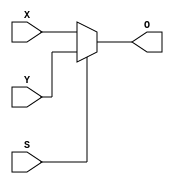
`timescale 1ns / 1ps
//////////////////////////////////////////////////////////////////////////////////
// Company: 
// Engineer: 
// 
// Design Name: 
// Module Name: carry_select_adder
// Project Name: 
// Target Devices: 
// Tool Versions: 
// Description: 
// 
// Dependencies: 
// 
// Revision:
// Revision 0.01 - File Created
// Additional Comments:
// 
//////////////////////////////////////////////////////////////////////////////////


module mux(X,Y,S,O);
    input X,Y,S;
    output O;

    assign O=S?Y:X;
endmodule

module full_adders(A,B,C,S,C_out);
    input A,B,C;
    output S,C_out;
    wire S0,C1,C2;

    assign #10 S0=A^B;
    assign #5 C1=A&B;
    assign #10 S=S0^C;
    assign #5 C2=S0&C;
    assign #5 C_out=C2|C1;
endmodule

module four_bits_adder(A,B,C0,S,carry);
    input [3:0]A,B;
    input C0;
    output [3:0]S;
    output carry;
    wire C1,C2,C3;

    full_adders FAa(A[0],B[0],C0,S[0],C1);
    full_adders FAb(A[1],B[1],C1,S[1],C2);
    full_adders FAc(A[2],B[2],C2,S[2],C3);
    full_adders FAd(A[3],B[3],C3,S[3],carry);
endmodule

module carry_select_adder(A,B,S,C_out);
    input [31:0] A,B;
    output [31:0] S;
    output C_out;
    reg Ca=1'b0,Cb=1'b1;
    wire C8a,C2a,C3a,C4a,C5a,C6a,C7a,C8b,C2b,C3b,C4b,C5b,C6b,C7b,C1,C2,C3,C4,C5,C6,C7;
    wire [31:4] S1,S2;

    four_bits_adder FBAa(A[3:0],B[3:0],Ca,S[3:0],C1);
    four_bits_adder FBAb(A[7:4],B[7:4],Ca,S1[7:4],C2a);
    four_bits_adder FBAc(A[7:4],B[7:4],Cb,S2[7:4],C2b);
    four_bits_adder FBAd(A[11:8],B[11:8],Ca,S1[11:8],C3a);
    four_bits_adder FBAe(A[11:8],B[11:8],Cb,S2[11:8],C3b);
    four_bits_adder FBAf(A[15:12],B[15:12],Ca,S1[15:12],C4a);
    four_bits_adder FBAg(A[15:12],B[15:12],Cb,S2[15:12],C4b);
    four_bits_adder FBAh(A[19:16],B[19:16],Ca,S1[19:16],C5a);
    four_bits_adder FBAi(A[19:16],B[19:16],Cb,S2[19:16],C5b);
    four_bits_adder FBAj(A[23:20],B[23:20],Ca,S1[23:20],C6a);
    four_bits_adder FBAk(A[23:20],B[23:20],Cb,S2[23:20],C6b);
    four_bits_adder FBAl(A[27:24],B[27:24],Ca,S1[27:24],C7a);
    four_bits_adder FBAm(A[27:24],B[27:24],Cb,S2[27:24],C7b);
    four_bits_adder FBAn(A[31:28],B[31:28],Ca,S1[31:28],C8a);
    four_bits_adder FBAo(A[31:28],B[31:28],Cb,S2[31:28],C8b);
    mux M1(C2a,C2b,C1,C2);
    mux M2(C3a,C3b,C2,C3);
    mux M3(C4a,C4b,C3,C4);
    mux M4(C5a,C5b,C4,C5);
    mux M5(C6a,C6b,C5,C6);
    mux M6(C7a,C7b,C6,C7);
    mux M7(C8a,C8b,C7,C_out);
    mux Ma1(S1[4],S2[4],C1,S[4]); mux Mb1(S1[5],S2[5],C1,S[5]); mux Mc1(S1[6],S2[6],C1,S[6]); mux Md1(S1[7],S2[7],C1,S[7]);
    mux Ma2(S1[8],S2[8],C2,S[8]); mux Mb2(S1[9],S2[9],C2,S[9]); mux Mc2(S1[10],S2[10],C2,S[10]); mux Md2(S1[11],S2[11],C2,S[11]);
    mux Ma3(S1[12],S2[12],C3,S[12]); mux Mb3(S1[13],S2[13],C3,S[13]); mux Mc3(S1[14],S2[14],C3,S[14]); mux Md3(S1[15],S2[15],C3,S[15]);
    mux Ma4(S1[16],S2[16],C4,S[16]); mux Mb4(S1[17],S2[17],C4,S[17]); mux Mc4(S1[18],S2[18],C4,S[18]); mux Md4(S1[19],S2[19],C4,S[19]);
    mux Ma5(S1[20],S2[20],C5,S[20]); mux Mb5(S1[21],S2[21],C5,S[21]); mux Mc5(S1[22],S2[22],C5,S[22]); mux Md5(S1[23],S2[23],C5,S[23]);
    mux Ma6(S1[24],S2[24],C6,S[24]); mux Mb6(S1[25],S2[25],C6,S[25]); mux Mc6(S1[26],S2[26],C6,S[26]); mux Md6(S1[27],S2[27],C6,S[27]);
    mux Ma7(S1[28],S2[28],C7,S[28]); mux Mb7(S1[29],S2[29],C7,S[29]); mux Mc7(S1[30],S2[30],C7,S[30]); mux Md7(S1[31],S2[31],C7,S[31]);
endmodule